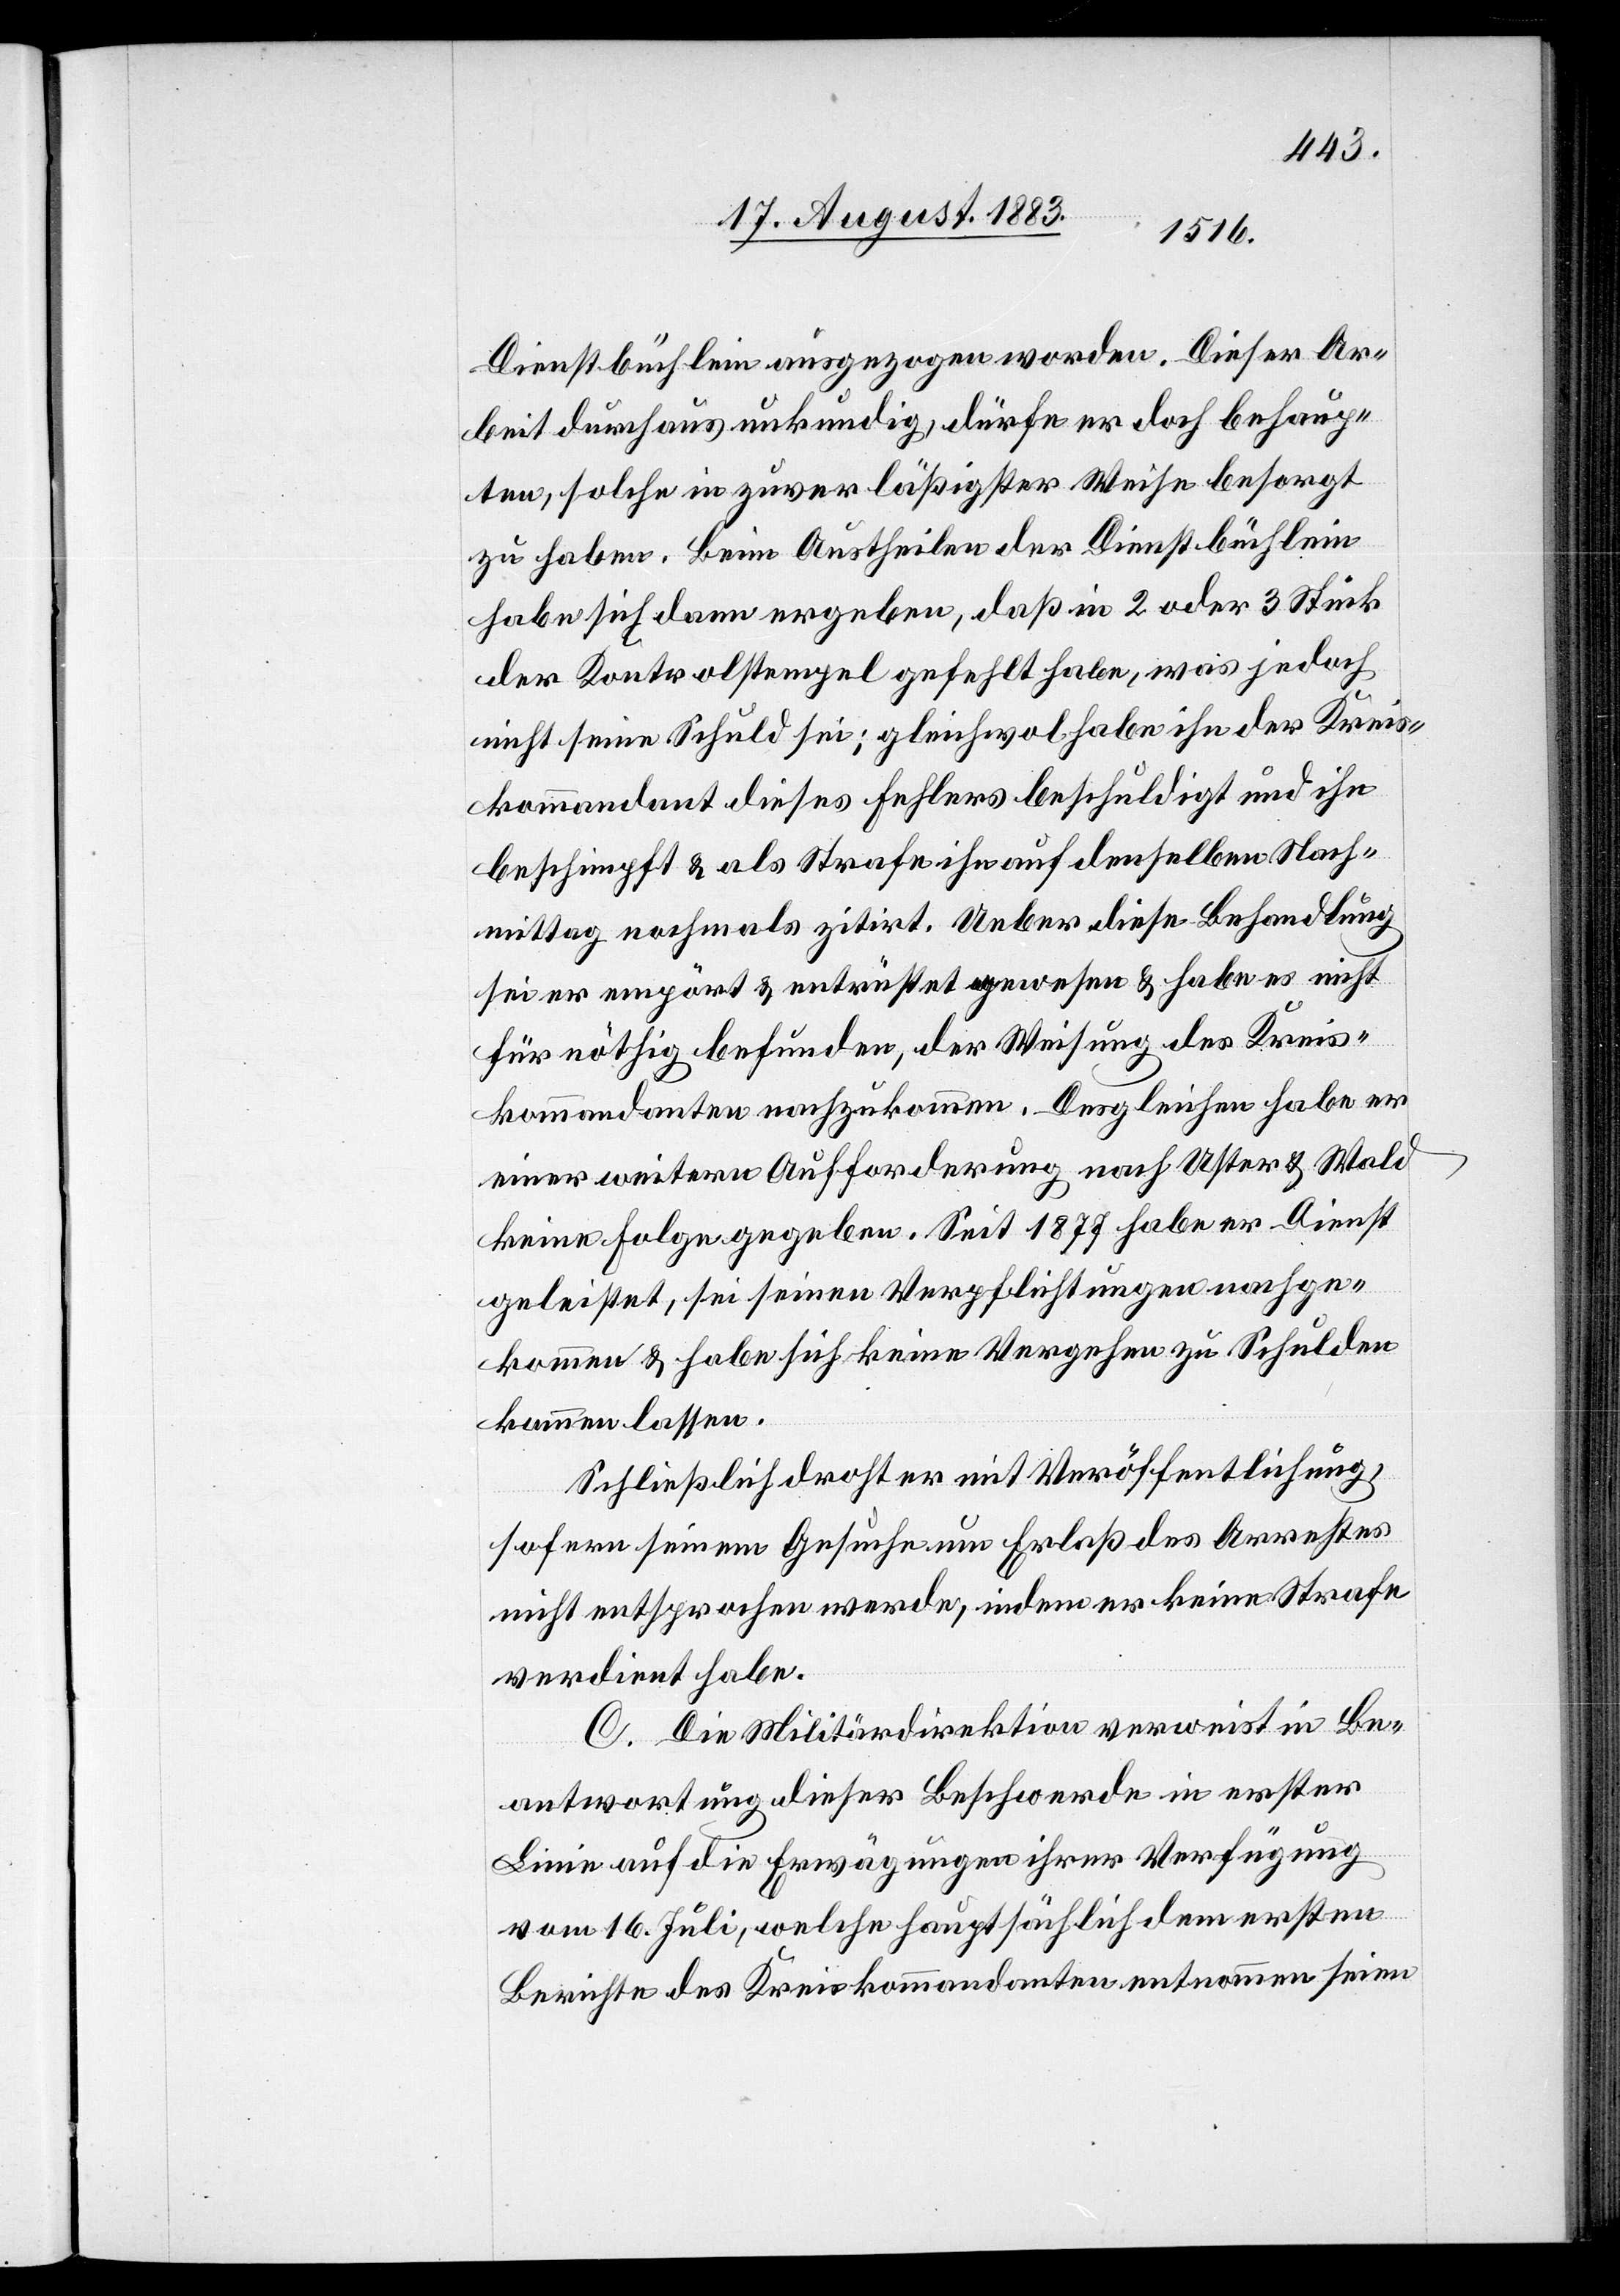
Dienstbüchlein ausgezogen worden. Dieser Ar¬
beit durchaus unkundig, dürfe er doch behaup¬
ten, solche in zuverläßigster Weise besorgt
zu haben. Beim Austheilen der Dienstbüchlein
habe sich dann ergeben, daß in 2 oder 3 Stück
der Kontrolstempel gefehlt habe, was jedoch
nicht seine Schuld sei; gleichwol habe ihn der Kreis¬
kommandant dieses Fehlers beschuldigt und ihn
beschimpft & als Strafe ihn auf denselben Nach¬
mittag nochmals zitirt. Ueber diese Behandlung
sei er empört & entrüstet gewesen & habe es nicht
für nöthig befunden der Weisung des Kreis¬
kommandanten nachzukommen. Desgleichen habe er
einer weitern Aufforderung nach Uster & Wald
keine Folge gegeben. Seit 1877 habe er Dienst
geleistet, sei seinen Verpflichtungen nachge¬
kommen & habe sich keine Vergehen zu Schulden
kommen lassen.
Schließlich droht er mit Veröffentlichung,
sofern seinem Gesuche um Erlaß des Arrestes
nicht entsprochen werde, indem er keine Strafe
verdient habe.
C. Die Militärdirektion verweist in Be¬
antwortung dieser Beschwerde in erster
Linie auf die Erwägungen ihrer Verfügung
vom 16. Juli, welche hauptsächlich dem ersten
Berichte des Kreiskommandanten entnommen seien